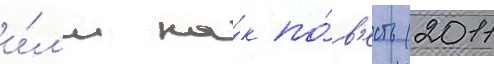
и́л'и ка́к по́в'есть (2011